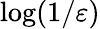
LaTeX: \log(1/\varepsilon)